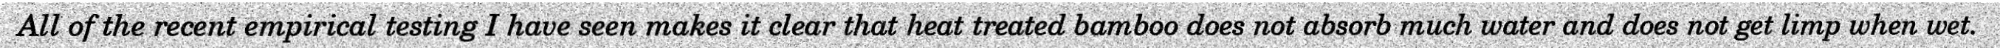
All of the recent empirical testing I have seen makes it clear that heat treated bamboo does not absorb much water and does not get limp when wet.